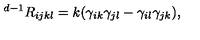
{ } ^ { d - 1 } R _ { i j k l } = k ( \gamma _ { i k } \gamma _ { j l } - \gamma _ { i l } \gamma _ { j k } ) ,